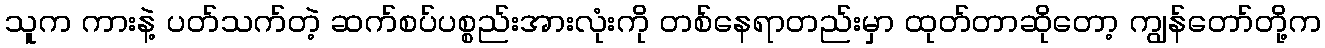
သူက ကားနဲ့ ပတ်သက်တဲ့ ဆက်စပ်ပစ္စည်းအားလုံးကို တစ်နေရာတည်းမှာ ထုတ်တာဆိုတော့ ကျွန်တော်တို့က